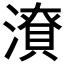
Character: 𭲜